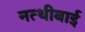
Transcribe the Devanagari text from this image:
नत्थीबाई